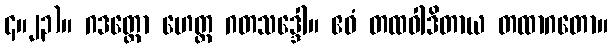
၄။၂၃)။ ဂဒတ္ထော ဟေတ္ထ ဂတသဒ္ဒေါ။ ဧဝံ တထဝါဒိတာယ တထာဂတော။